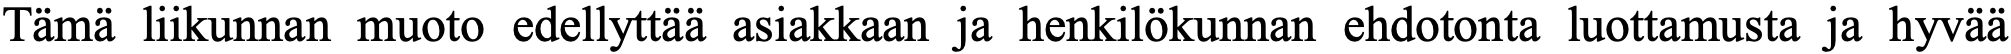
Tämä liikunnan muoto edellyttää asiakkaan ja henkilökunnan ehdotonta luottamusta ja hyvää